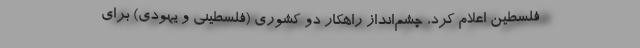
فلسطین اعلام کرد، چشم‌انداز راهکار دو کشوری (فلسطینی و یهودی) برای